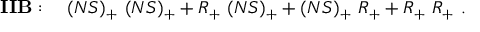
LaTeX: { \bf I I B } : \quad ( N S ) _ { + } \ ( N S ) _ { + } + R _ { + } \ ( N S ) _ { + } + ( N S ) _ { + } \ R _ { + } + R _ { + } \ R _ { + } \ .